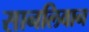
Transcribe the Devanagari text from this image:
सानलिवान